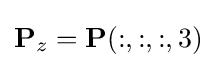
\mathbf {P} _{z}=\mathbf {P} (:,:,:,3)